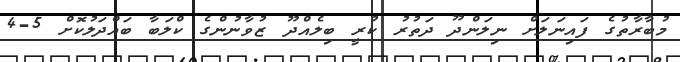
މުބާރާތުގެ ފައިނަލަށް ނިލަންދޫ ދަތުރު ކުރީ ބިލެއްދޫ ޒުވާނުންގެ ކްލަބާ ބައްދަލުކޮށް 5-4